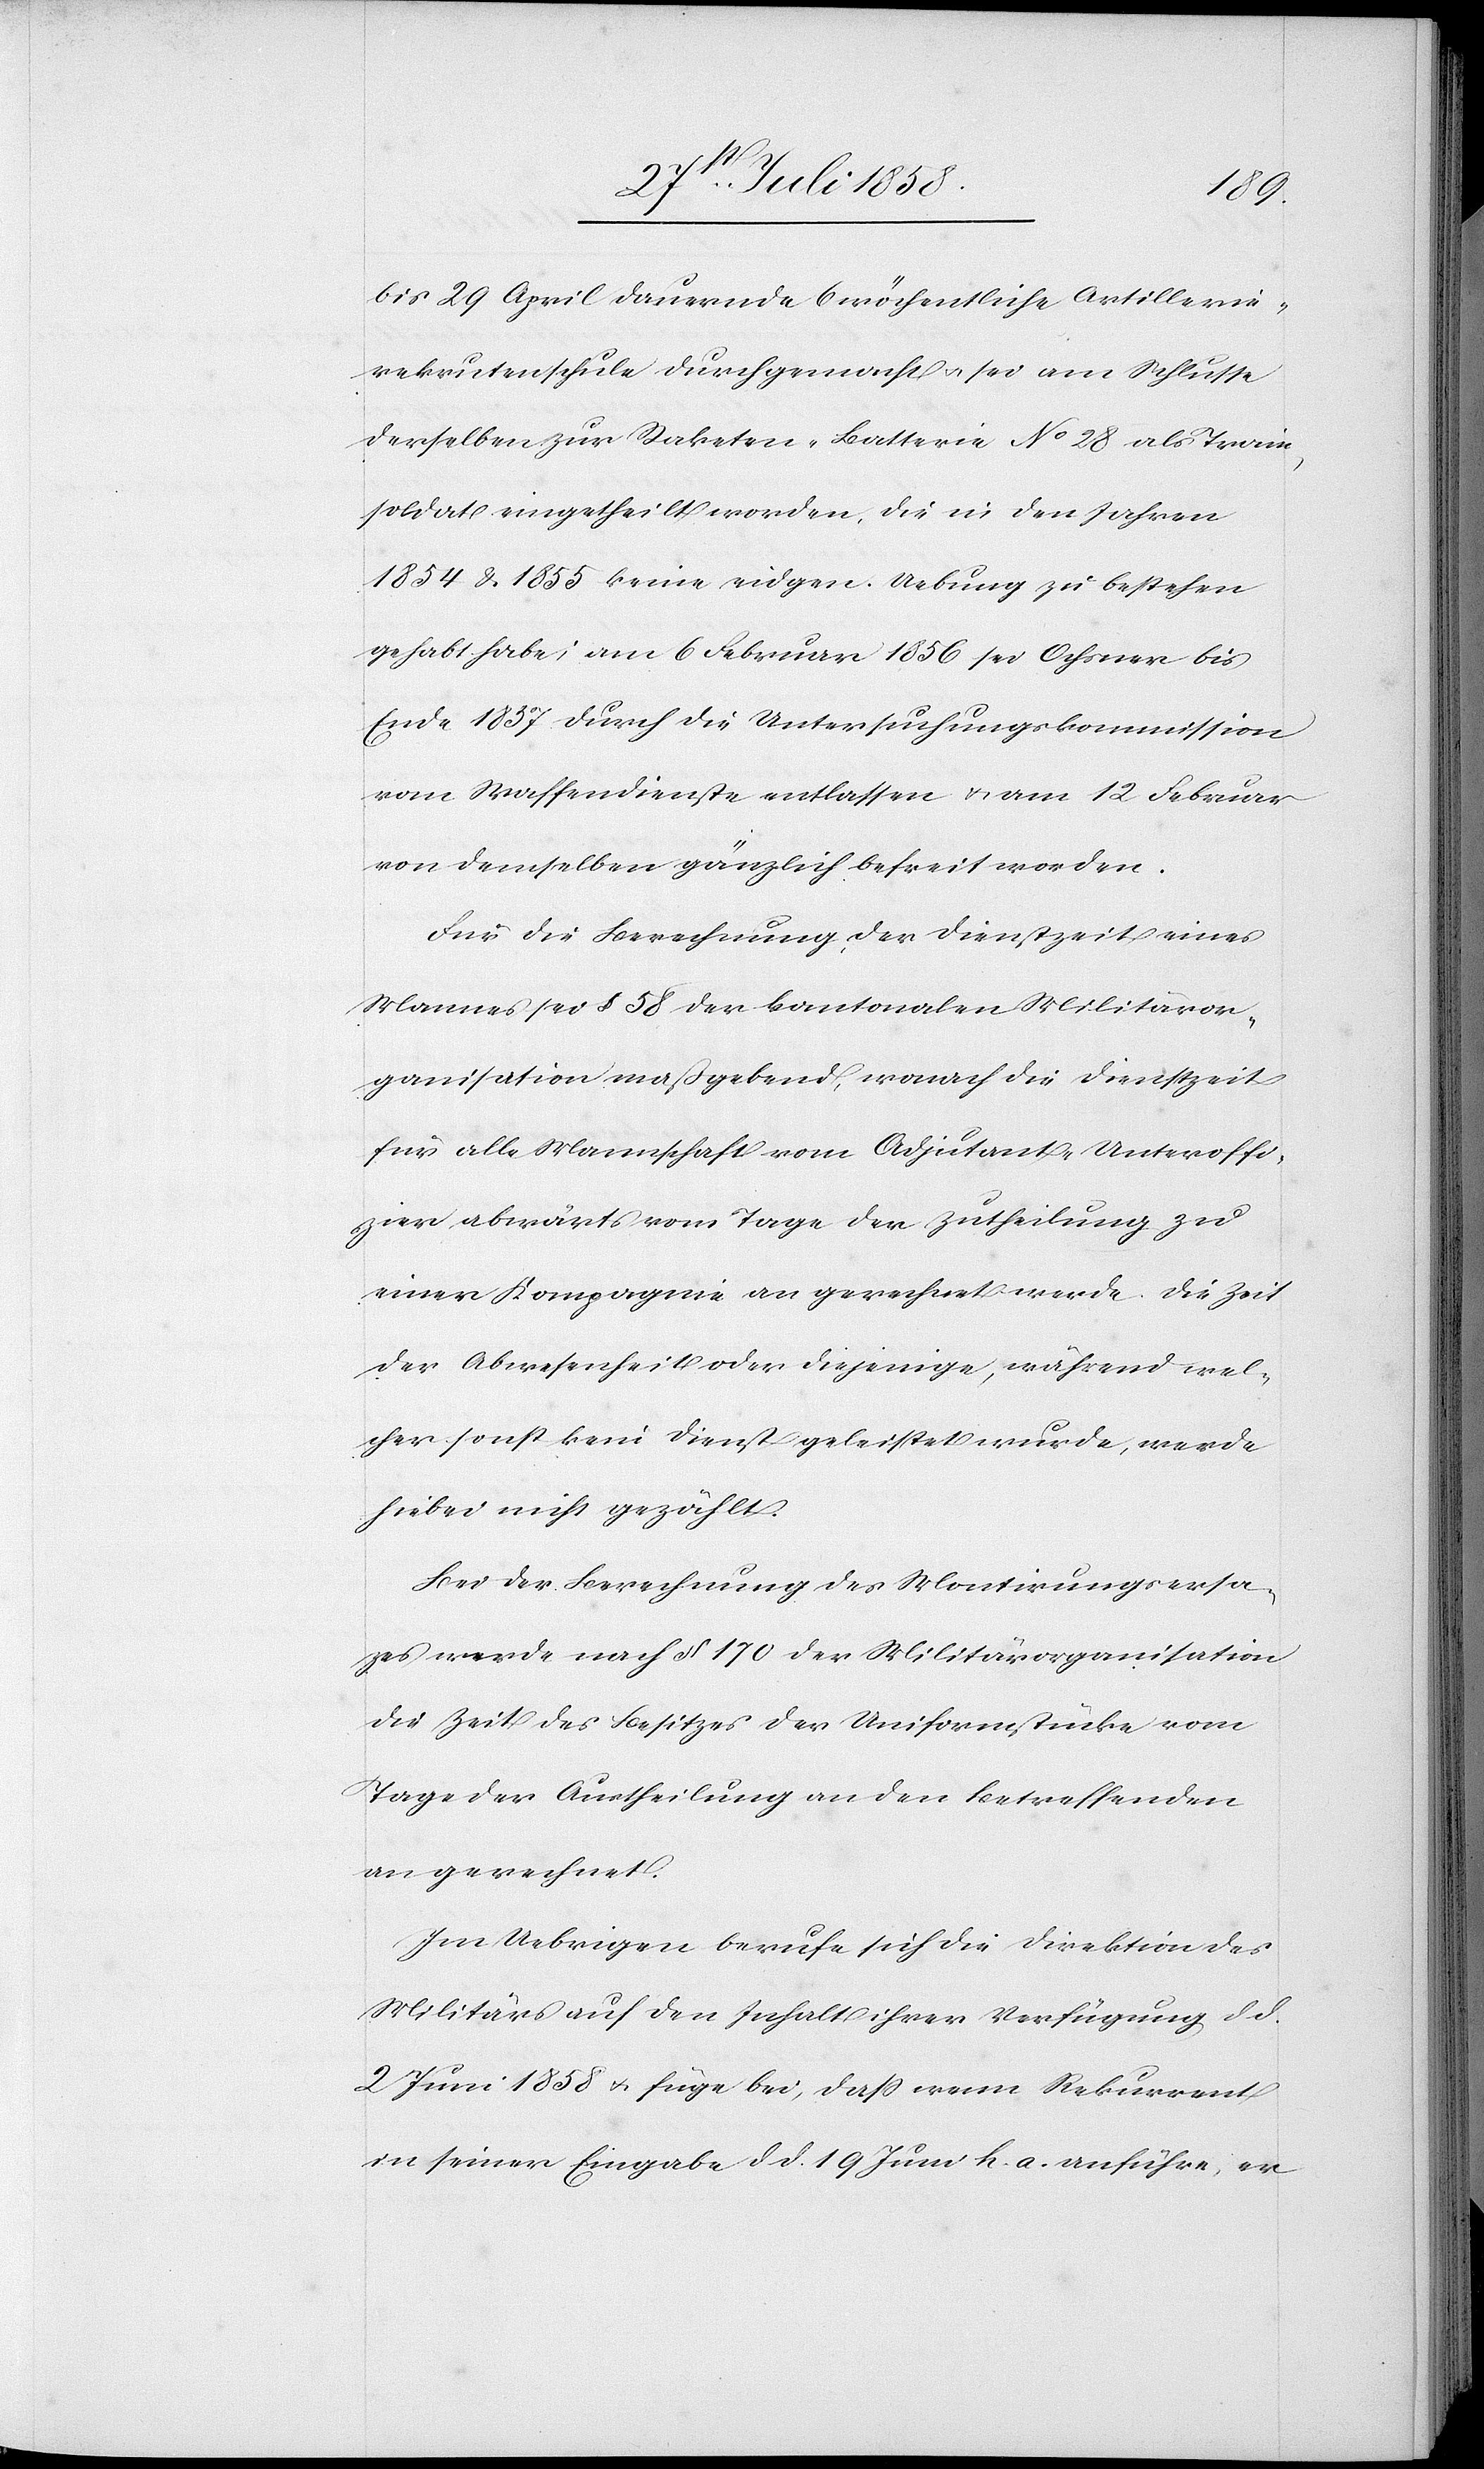
bis 29 April dauernde 6 wöchentliche Artillerie¬
rekrutenschule durchgemacht & sei am Schlusse
derselben zur Raketen-Batterie No 28 als Train¬
soldat eingetheilt worden, die in den Jahren
1854 & 1855 keine eidgen. Uebung zu bestehen
gehabt habe; am 6 Februar 1856 sei Ochsner bis
Ende 1857 durch die Untersuchungskommission
vom Waffendienste entlassen & am 12 Februar
von demselben gänzlich befreit worden.
Für die Berechnung der Dienstzeit eines
Mannes sei § 58 der kantonalen Militäror¬
ganisation maßgebend, wonach die Dienstzeit
für alle Mannschaft vom Adjutant-Unteroffi¬
zier abwärts vom Tage der Zutheilung zu
einer Kompagnie an gerechnet werde. Die Zeit
der Abwesenheit oder diejenige, während wel¬
cher sonst kein Dienst geleistet wurde, werde
hiebei nicht gezählt.
Bei der Berechnung des Montirungsers¬
a[t]zes werde nach § 170 der Militärorganisation
die Zeit des Besitzes der Uniformstücke vom
Tage der Austheilung an den Betreffenden
an gerechnet.
Im Uebrigen berufe sich die Direktion des
Militärs auf den Inhalt ihrer Verfügung, d. d.
2 Juni 1858 & füge bei, dass wenn Rekurrent
in seiner Eingabe d. d. 19 Juni h. a. anführe, er